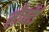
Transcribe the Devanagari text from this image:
लीनॉर्ड